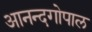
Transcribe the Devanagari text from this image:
आनन्दगोपाल